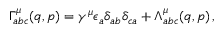
\Gamma _ { a b c } ^ { \mu } ( q , p ) = \gamma ^ { \mu } \epsilon _ { a } \delta _ { a b } \delta _ { c a } + \Lambda _ { a b c } ^ { \mu } ( q , p ) \, ,